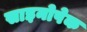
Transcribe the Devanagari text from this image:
साइनोपेक